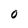
Character: o